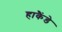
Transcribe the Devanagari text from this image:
हाकैंडे